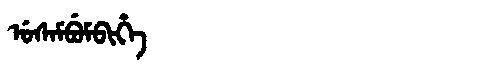
Manchu: ᡠᠰᠠᠮᠪᡠᠮᠪᡳᡥᡝ
Romanization: USAMBUMBIHE